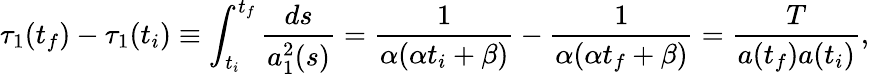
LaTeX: \tau_{1}(t_{f})-\tau_{1}(t_{i})\equiv\int_{t_{i}}^{t_{f}}\frac{ds}{a_{1}^{2}(s)}=\frac{1}{\alpha(\alpha t_{i}+\beta)}-\frac{1}{\alpha(\alpha t_{f}+\beta)}=\frac{T}{a(t_{f})a(t_{i})},